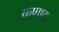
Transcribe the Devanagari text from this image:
कणादः